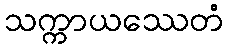
သက္ကာယဿေတံ